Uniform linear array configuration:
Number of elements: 48
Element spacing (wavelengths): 0.75
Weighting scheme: kaiser
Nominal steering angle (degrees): -60
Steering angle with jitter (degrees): -59.736
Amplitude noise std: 0.05
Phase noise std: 0.05

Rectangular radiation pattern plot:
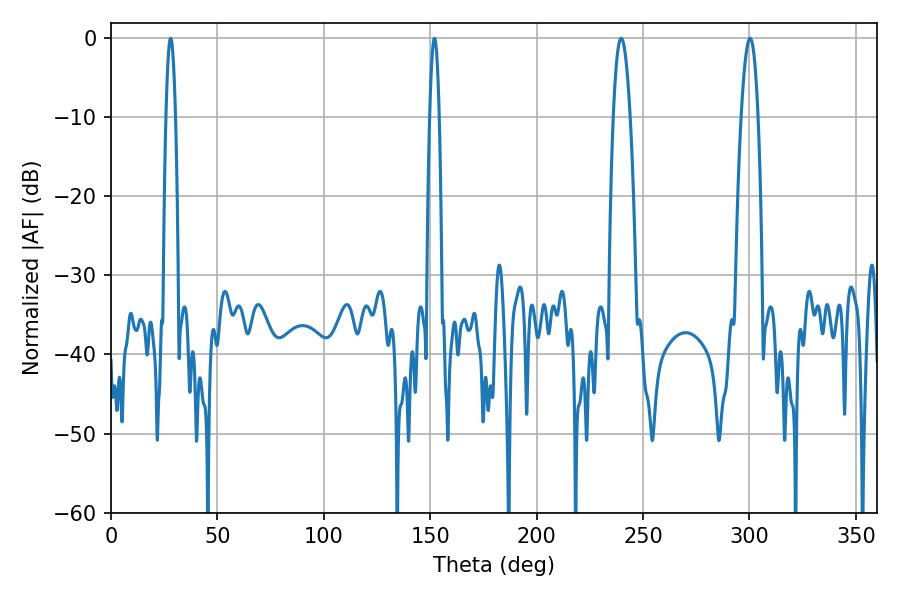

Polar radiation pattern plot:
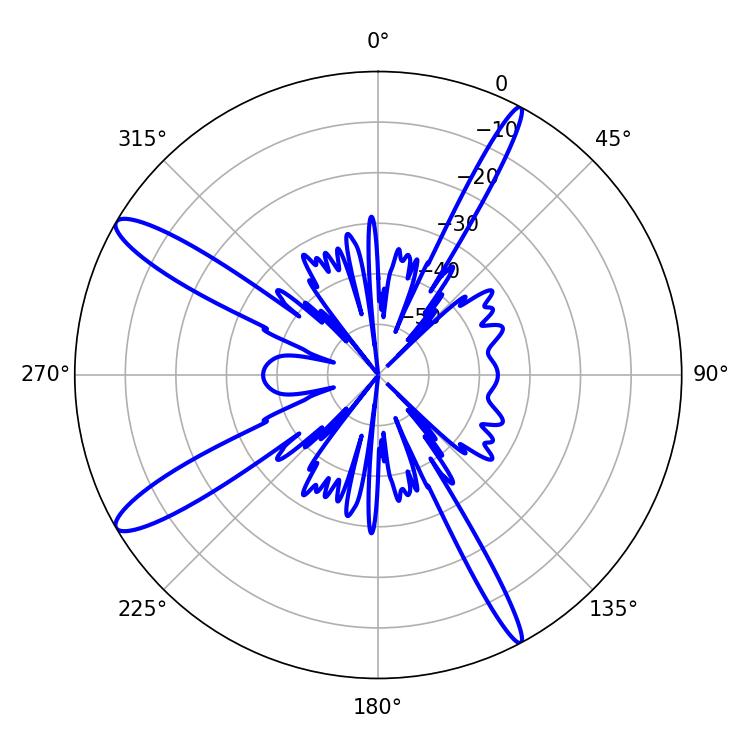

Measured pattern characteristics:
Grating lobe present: TRUE
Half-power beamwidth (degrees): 4.32
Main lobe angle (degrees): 239.76